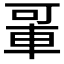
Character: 𬧲